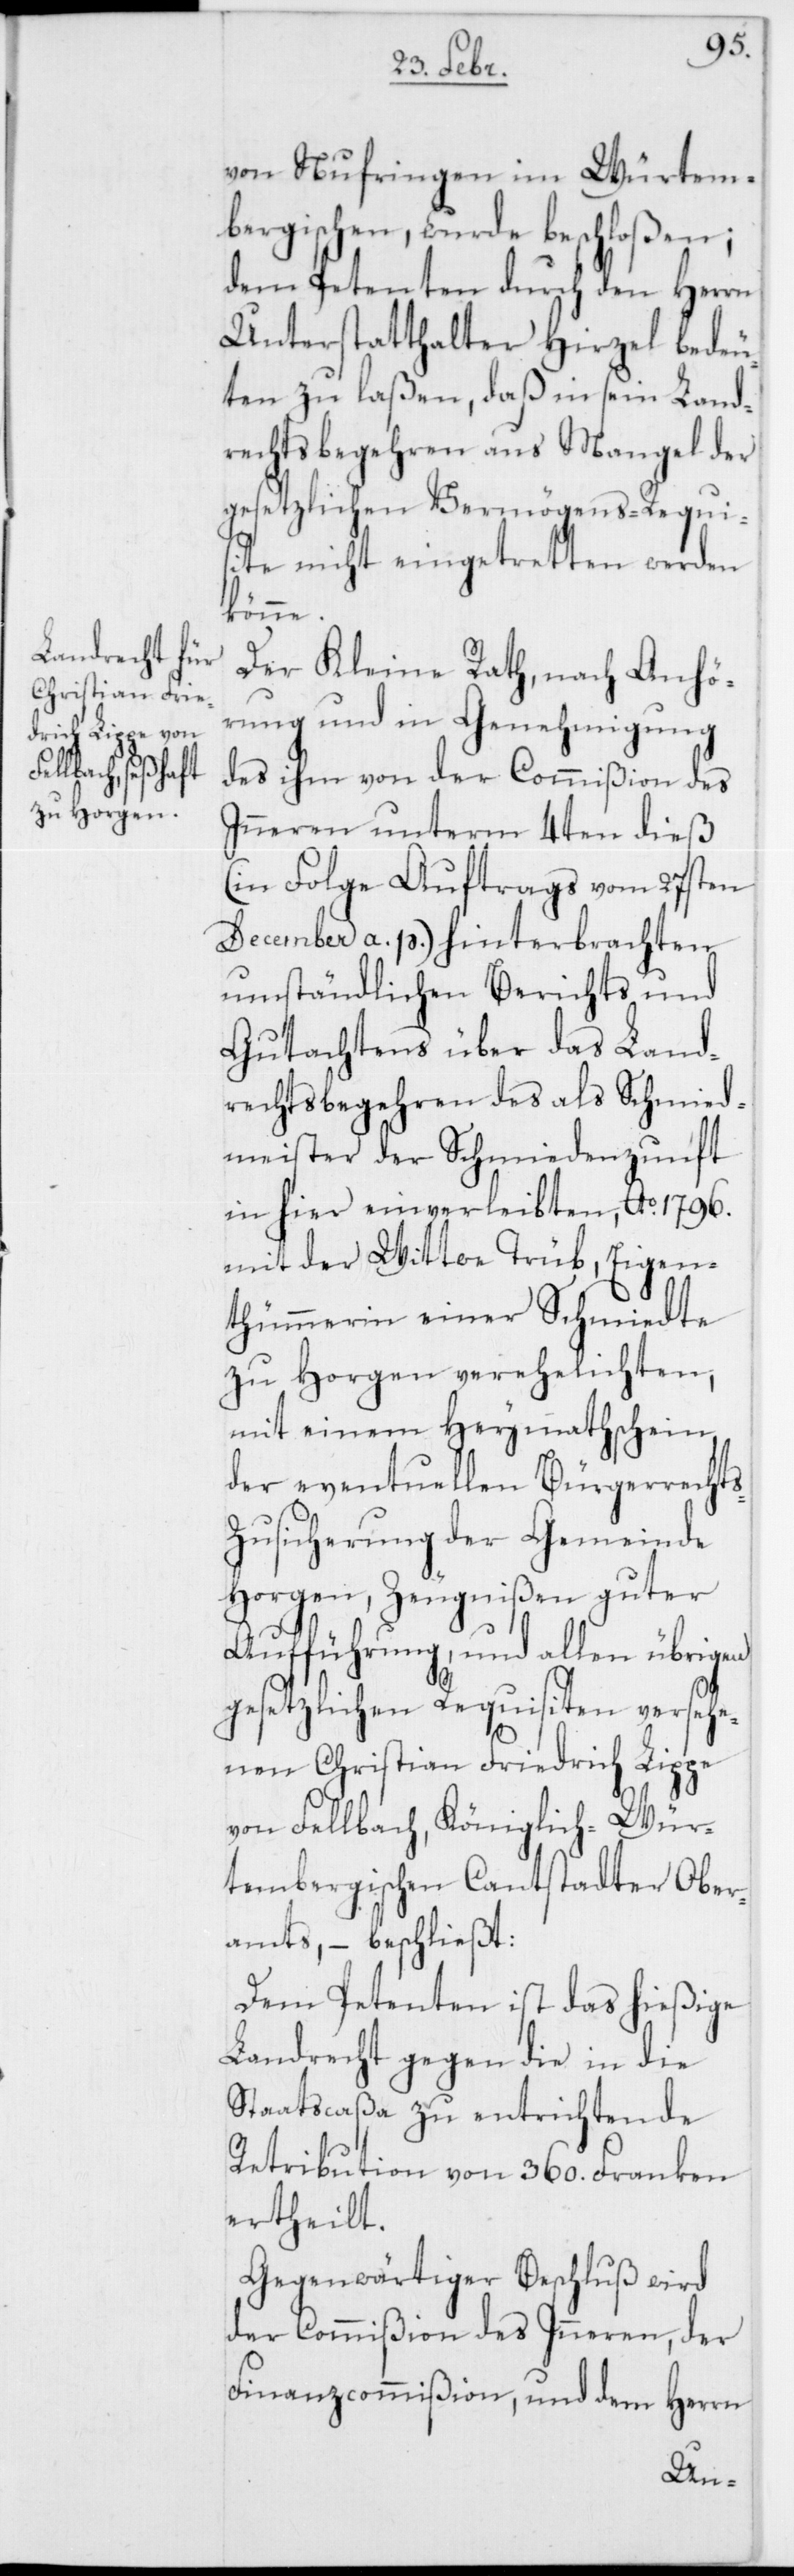
s-Z¬
von Nufringen im Würtem¬
bergischen, wurde beschloßen;
dem Petenten durch den Herrn
Unterstatthalter Hirzel bedeu¬
ten zu laßen, daß in sein Land¬
rechtsbegehren aus Mangel der
gesetzlichen Vermögens-Requisi¬
te nicht eingetretten werden
könne.
Der Kleine Rath, nach Anhö¬
rung und in Genehmigung
des ihm von der Commißion des
Inneren unterm 4ten dieß
(in Folge Auftrags vom 27sten
December a. p.) hinterbrachten
umständlichen Berichts und
Gutachtens über das Land¬
rechtsbegehren des als Schmied¬
meister der Schmiedenzunft
in hier einverleibten, Ao. 1796.
mit der Wittwe Trüb, Eigen¬
thümerin einer Schmiedte
zu Horgen verehelichten,
mit einem Heymathschein,
der eventuellen Bürgerrecht¬
usicherung der Gemeinde
Horgen, Zeugnißen guter
Aufführung, und allen übrigen
gesetzlichen Requisiten versehe¬
nen Christian Friedrich Lippe
von Fellbach, Königlich-Wür¬
tembergischen Cantstadter Ober¬
amts, – beschließt:
Dem Petenten ist das hießige
Landrecht gegen die in die
Staatscaßa zu entrichtende
Retribution von 360. Franken
ertheilt.
Gegenwärtiger Beschluß wird
der Commißion des Inneren, der
Finanzcommißion, und dem Herrn